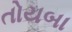
તોયબા